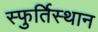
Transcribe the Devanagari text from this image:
स्फुर्तिस्थान